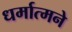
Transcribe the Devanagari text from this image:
धर्मात्मने